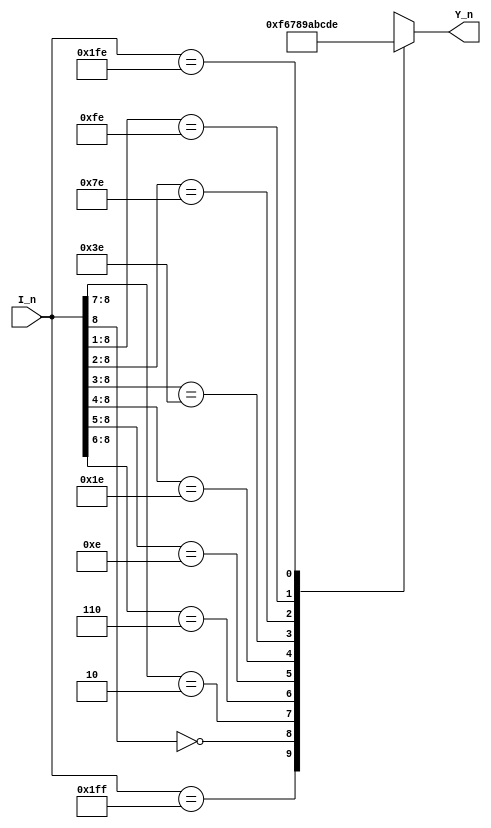
//0GS0GS1
//1GS00GS1 
`timescale 1ns/1ns
module encoder_0(
   input      [8:0]         I_n   ,
   
   output reg [3:0]         Y_n   
);

always @(*)begin
   casex(I_n)
      9'b111111111 : Y_n = 4'b1111;
      9'b0xxxxxxxx : Y_n = 4'b0110;
      9'b10xxxxxxx : Y_n = 4'b0111;
      9'b110xxxxxx : Y_n = 4'b1000;
      9'b1110xxxxx : Y_n = 4'b1001;
      9'b11110xxxx : Y_n = 4'b1010;
      9'b111110xxx : Y_n = 4'b1011;
      9'b1111110xx : Y_n = 4'b1100;
      9'b11111110x : Y_n = 4'b1101;
      9'b111111110 : Y_n = 4'b1110;
      default      : Y_n = 4'b1111;
   endcase    
end 
     
endmodule

module key_encoder(
      input      [9:0]         S_n   ,         
 
      output wire[3:0]         L     ,
      output wire              GS
);
wire [3:0] Y;
encoder_0 sub(.I_n(S_n[9:1]),.Y_n(Y));
assign L=~Y;
assign GS=&S_n?0:1; 

endmodule